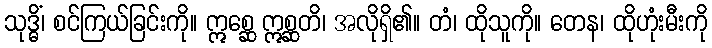
သုဒ္ဓိံ၊ စင်ကြယ်ခြင်းကို။ ဣစ္ဆေ ဣစ္ဆတိ၊ အလိုရှိ၏။ တံ၊ ထိုသူကို။ တေန၊ ထိုဟုံးမီးကို